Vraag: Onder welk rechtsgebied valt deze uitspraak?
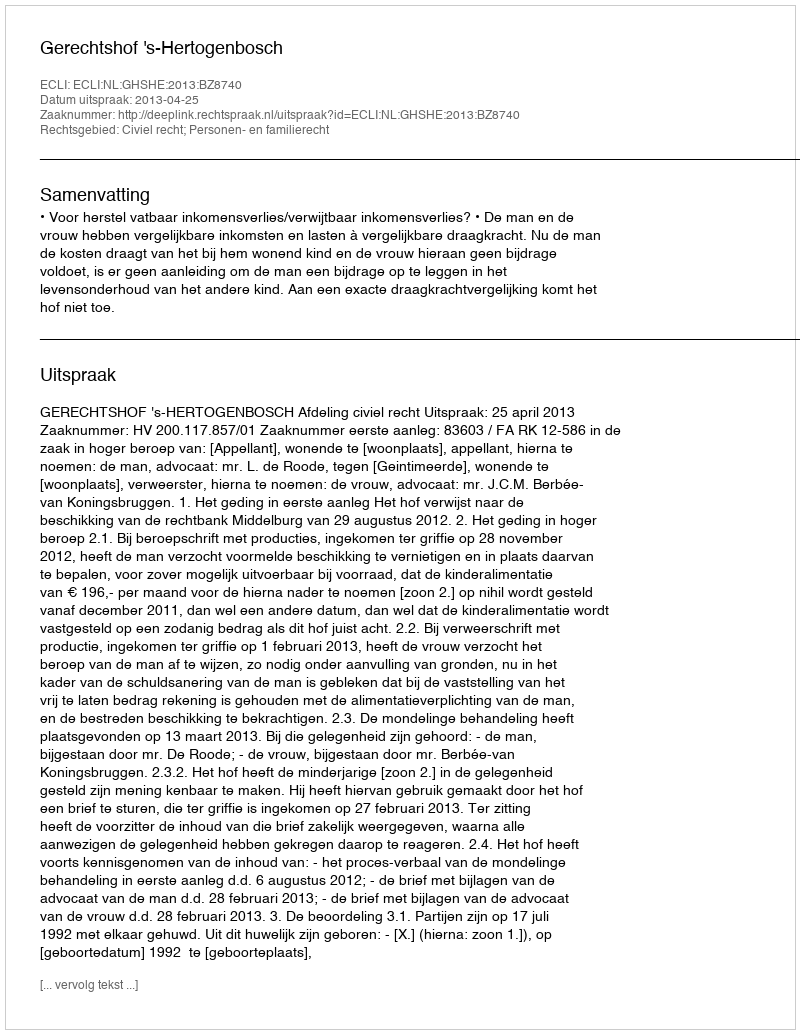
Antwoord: Civiel recht; Personen- en familierecht